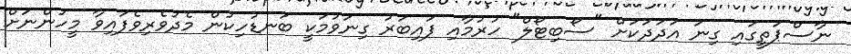
ނާސްޕަތީގައި ގިނަ އަދަދަކަށް "ސޯބިޓޯލް" ހުރުމާއި ފައިބަރު ގިނަވުމަކީ ބަނޑުހިކުން މެދުވެރިވެފައިވާ މީހުންނަށް